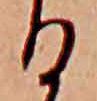
る